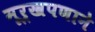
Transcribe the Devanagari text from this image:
मूर्खपणाने